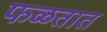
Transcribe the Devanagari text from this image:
फळतात